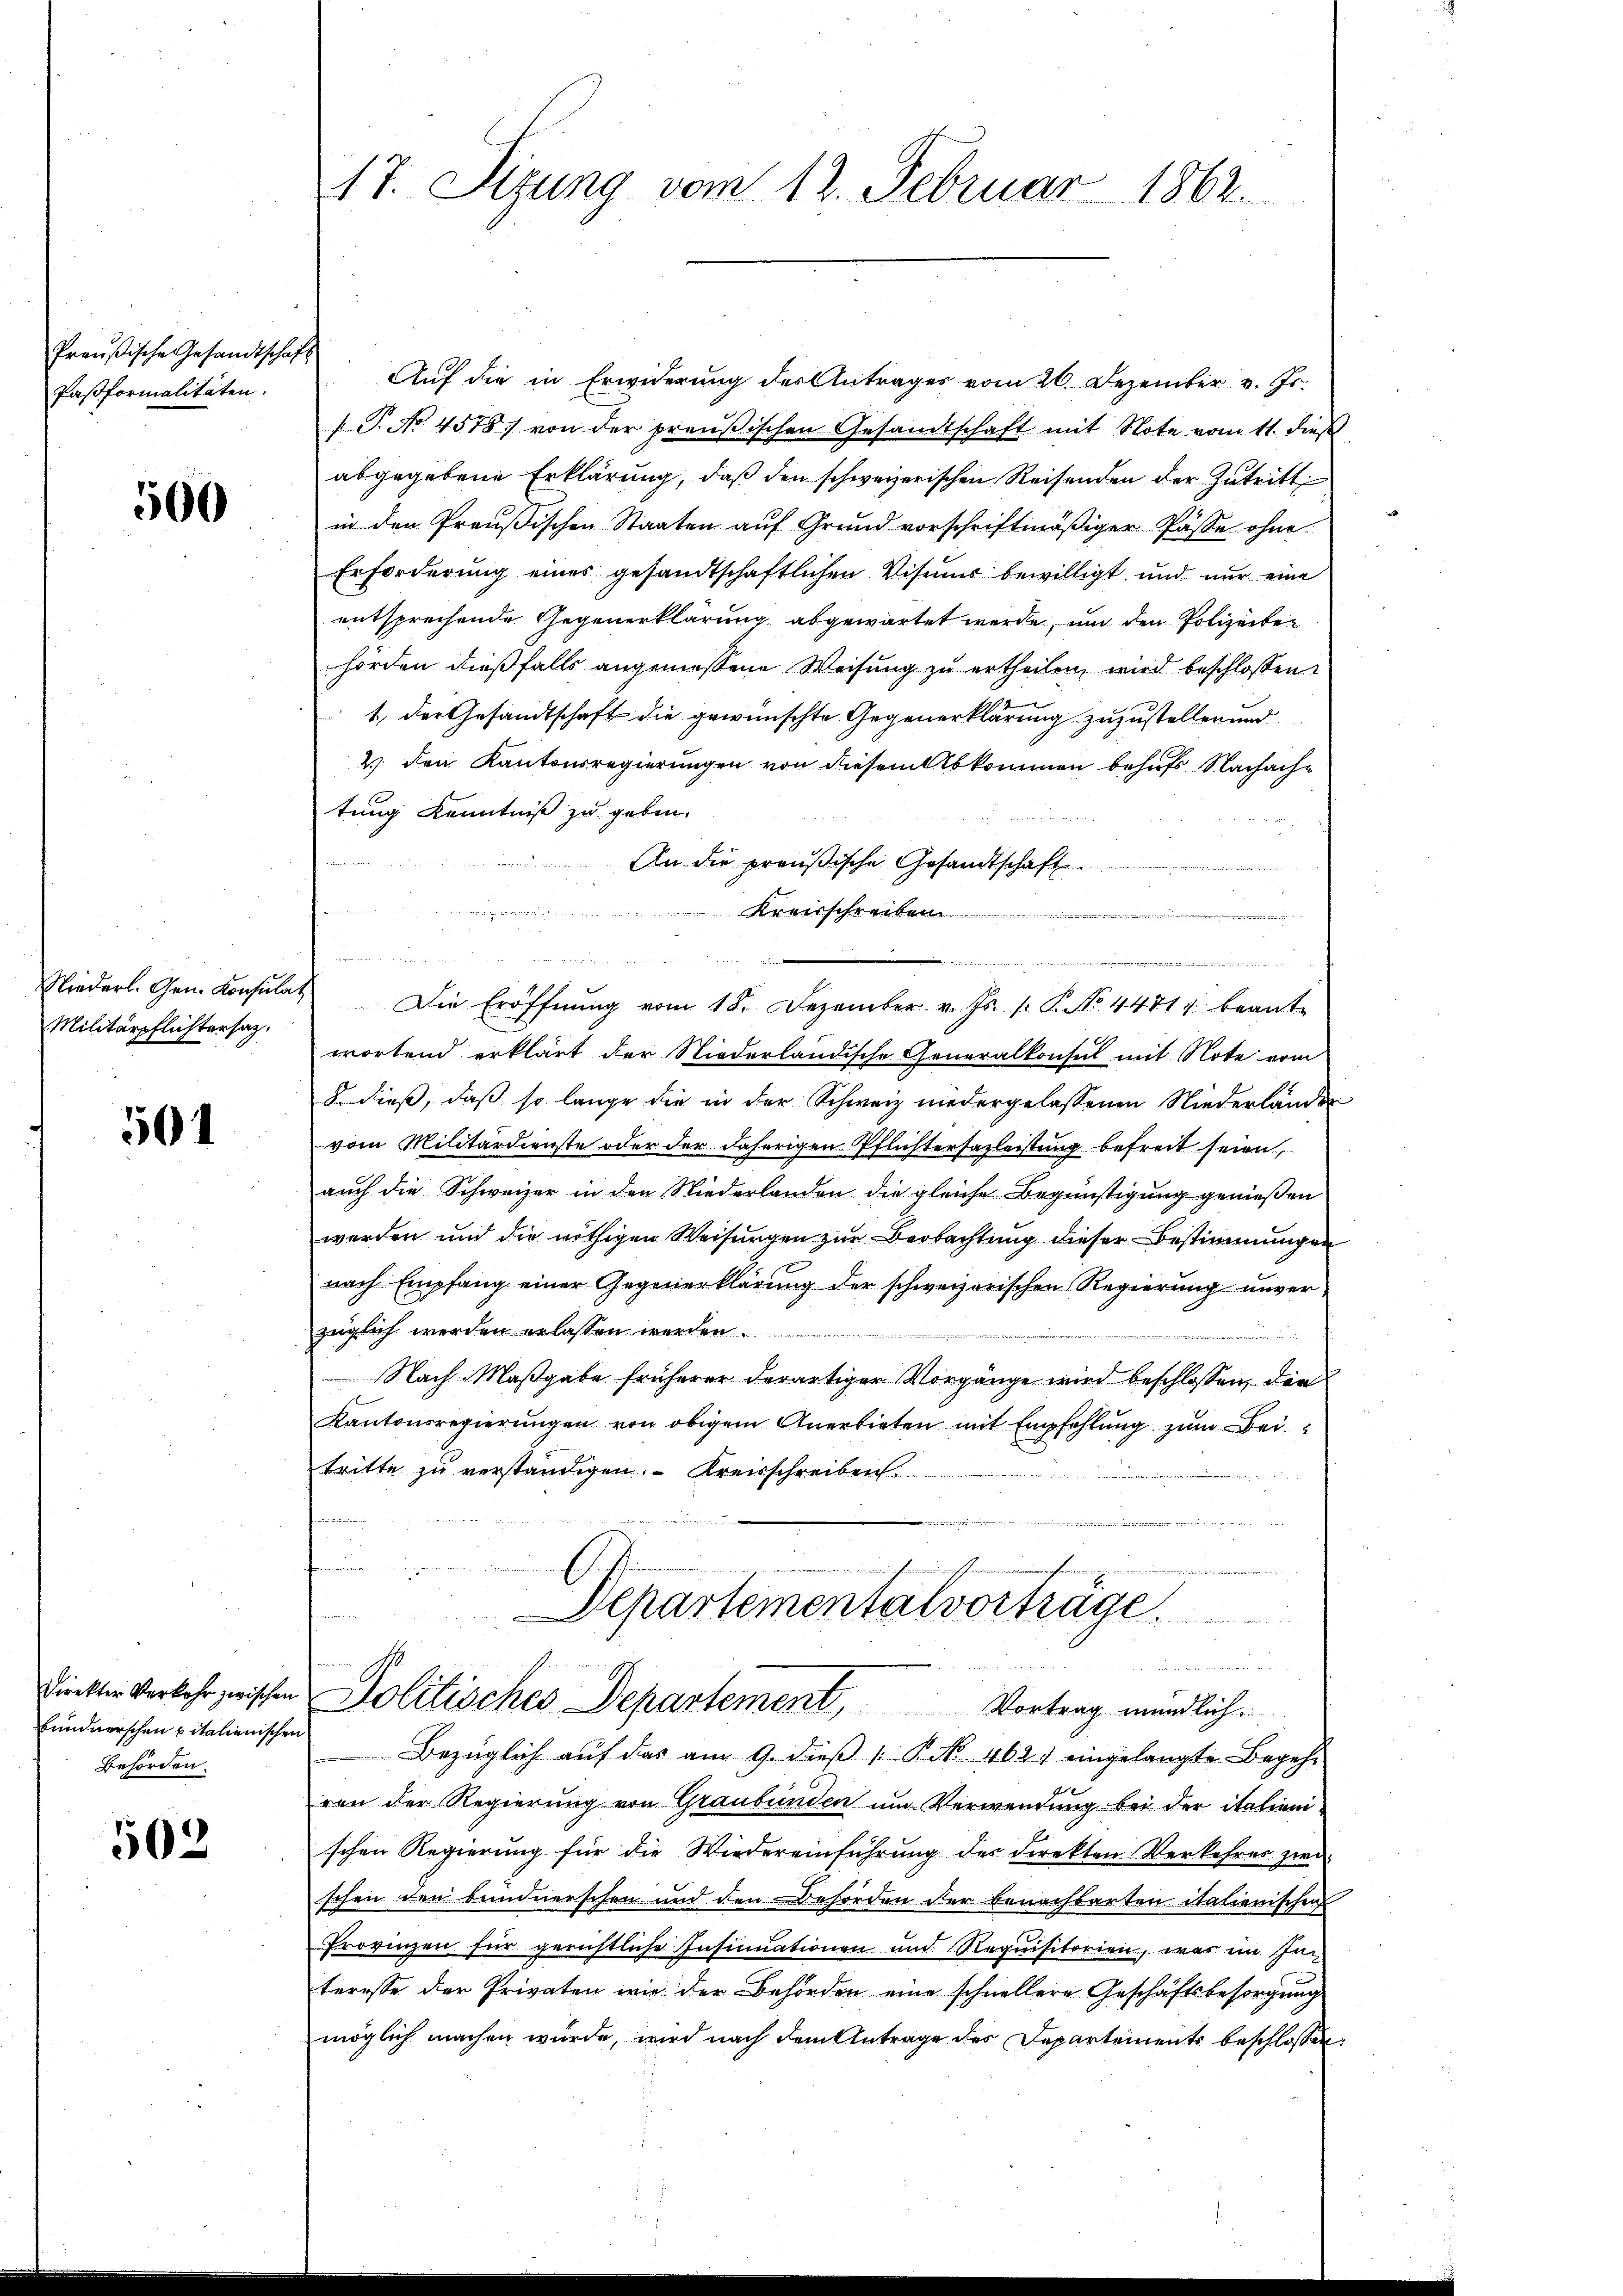
Preußische Gesandtschaft
Paßformalitäten.

500

Militärpflichtersaz.

501

Behörden.

502

17. Sizung vom 12. Februar 1862.

Auf die in Erwiderung des Antrages vom 26. Dezember v. Js.
T. No 4578 von der preußischen Gesandtschaft mit Note vom 11. dieß
abgegebene Erklärung, daß den schweizerischen Reisenden der Zutritt
in den Preußischen Staaten auf Grund vorschriftmäßiger Pässe ohne
Erforderung eines gesandtschaftlichen Visums bewilligt und nur eine
entsprechende Gegenerklärung abgewartet werde, und den Polizeiben
hörden dießfalls angemessene Weisung zu ertheilen, wird beschlossen
1., der Gesandtschaft die gewünschte Gegenerklärung zuzustellen und
2 den Kantonsregierungen von diesem Abkommen behufs Nachache
tung Kenntniß zu geben.
An die preußische Gesandtschaft
Kreisschreiben
t

Niederl. Gem. Konsulat Die Eröffnŭng vom 18. Dezember. v. Js. s. P. No. 44814. beante
wortend erklärt der Niederländische Generalkonsul mit Note vom
8 dieß, daß so lange die in der Schweiz niedergelassenen Niederländer
vom Militärdienste oder der daherigen Pflichtersazleistung befreit seien,
auch die Schweizer in den Niederlanden die gleiche Begünstigung genießen
werden und die nöthigen Weisungen zur Beobachtung dieser Bestimmungen
nach Empfang einer Gegenerklärung der schweizerischen Regierung unverzüglich werden erlassen werden.
Nach Maßgabe früherer derartiger Vorgänge wird beschlossen, den
Kantonsregierungen von obigem Anerbieten mit Empfehlung zum Beitritte zu verständigen. Kreisschreiben.

Departementalvorträge.

Dieckten Verkehr zwischen Politisches Departement, Vortrag mündlich.
fŭundnerschen vitalienischen Bezüglich aŭf das am 9. dieβ ". K. 462 eingelangte Begehr
ren der Regierung von Graubünden um Verwendung bei der italienischen Regierung für die Wiedereinführŭng des direkten Verkehrer zwi-
schen den bundnerschen und den Behörden der benachbarten italienischen
Provinzen für gerichtliche Insinuationen und Requisitorien, was im In-
teresse der Privaten wir der Behörden eine schnellere Geschäftsbesorgung
möglich machen würde, wird nach dem Antrage des Departements beschlossen:

e